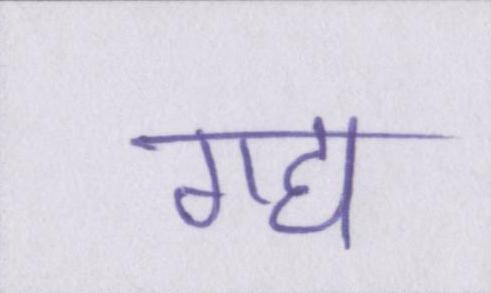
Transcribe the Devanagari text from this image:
गद्य